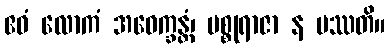
ဧဝံ လောကံ အဝေက္ခန္တံ၊ မစ္စုရာဇာ န ပဿတိ။